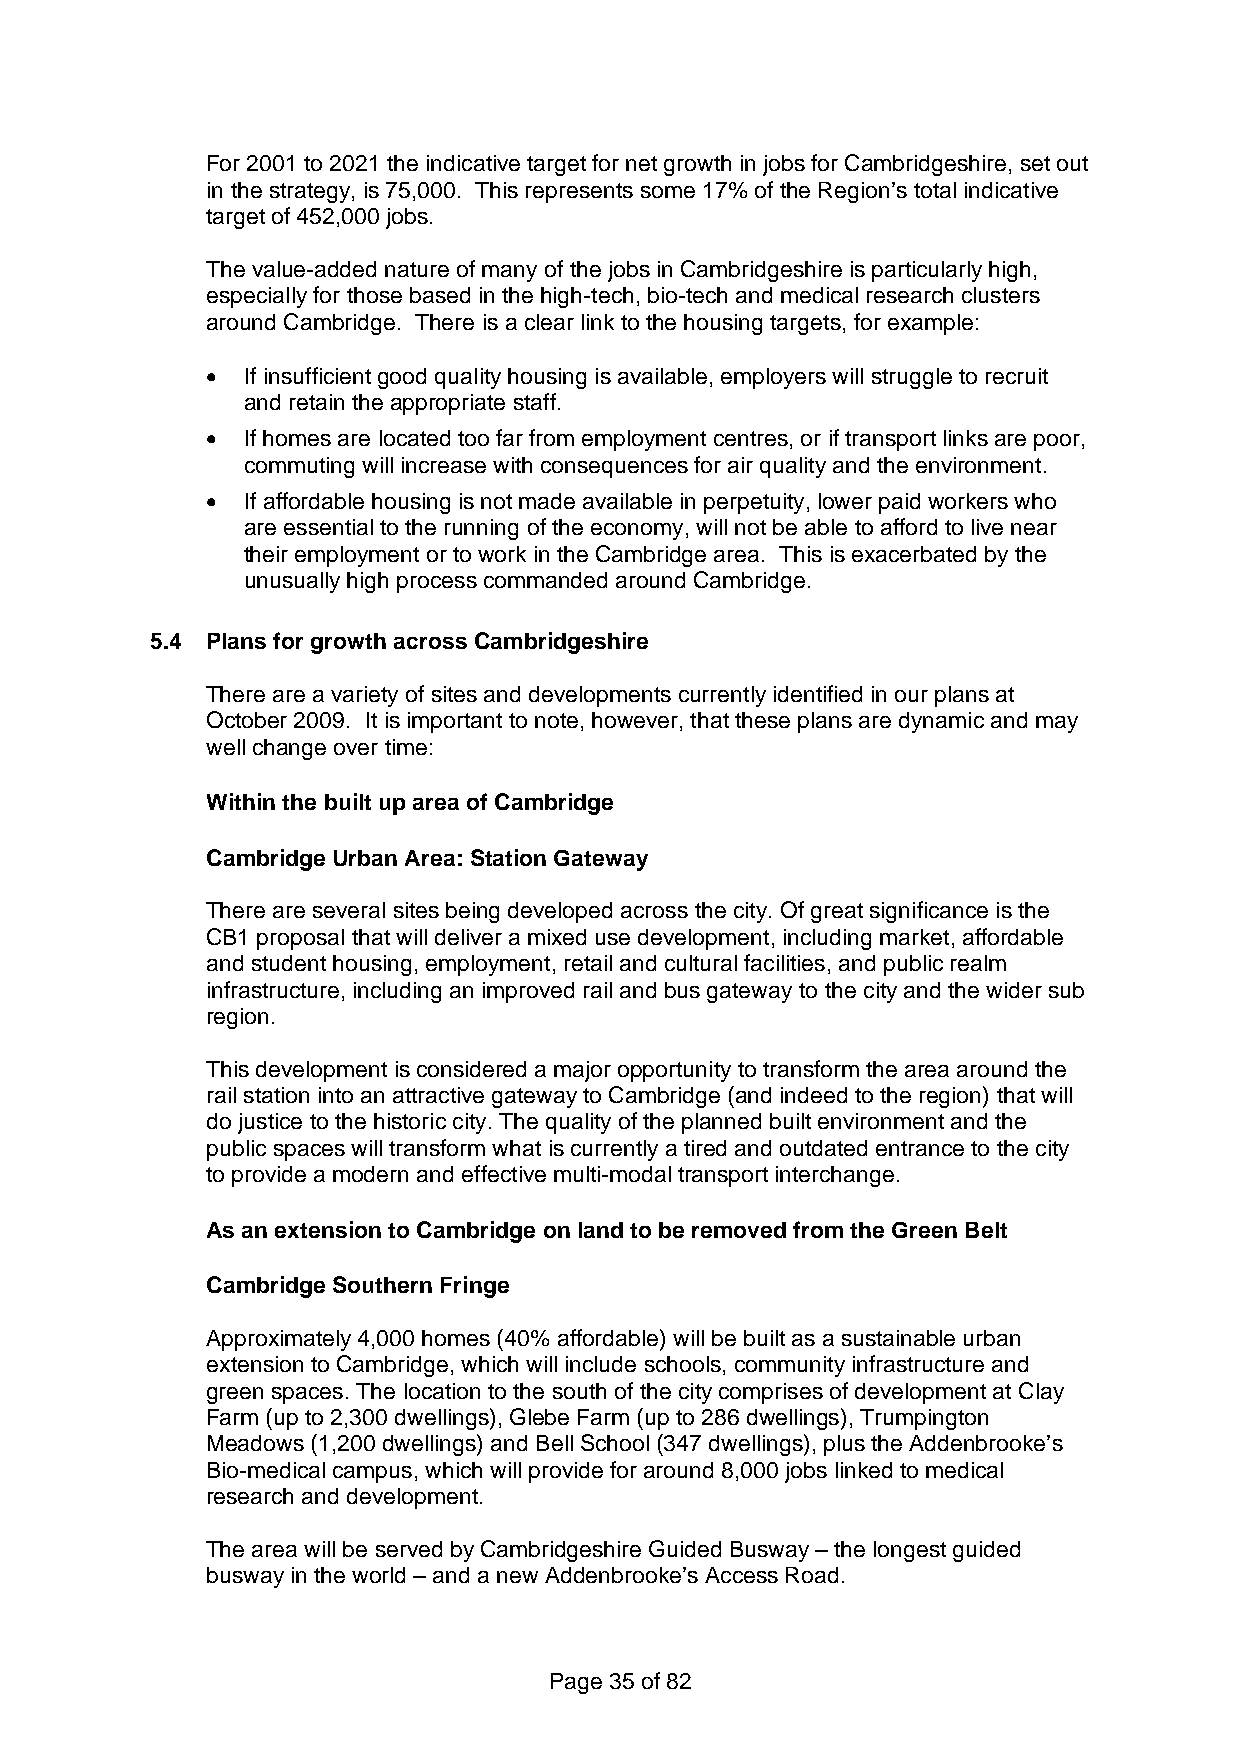
For 2001 to 2021 the indicative target for net growth in jobs for Cambridgeshire, set out
 in the strategy, is 75,000. This represents some 17% of the Region’s total indicative
 target of 452,000 jobs.
 The value-added nature of many of the jobs in Cambridgeshire is particularly high,
 especially for those based in the high-tech, bio-tech and medical research clusters
 around Cambridge. There is a clear link to the housing targets, for example:
 • If insufficient good quality housing is available, employers will struggle to recruit
 and retain the appropriate staff.
 • If homes are located too far from employment centres, or if transport links are poor,
 commuting will increase with consequences for air quality and the environment.
 • If affordable housing is not made available in perpetuity, lower paid workers who
 are essential to the running of the economy, will not be able to afford to live near
 their employment or to work in the Cambridge area. This is exacerbated by the
 unusually high process commanded around Cambridge.
 5.4 Plans for growth across Cambridgeshire
 There are a variety of sites and developments currently identified in our plans at
 October 2009. It is important to note, however, that these plans are dynamic and may
 well change over time:
 Within the built up area of Cambridge
 Cambridge Urban Area: Station Gateway
 There are several sites being developed across the city. Of great significance is the
 CB1 proposal that will deliver a mixed use development, including market, affordable
 and student housing, employment, retail and cultural facilities, and public realm
 infrastructure, including an improved rail and bus gateway to the city and the wider sub
 region.
 This development is considered a major opportunity to transform the area around the
 rail station into an attractive gateway to Cambridge (and indeed to the region) that will
 do justice to the historic city. The quality of the planned built environment and the
 public spaces will transform what is currently a tired and outdated entrance to the city
 to provide a modern and effective multi-modal transport interchange.
 As an extension to Cambridge on land to be removed from the Green Belt
 Cambridge Southern Fringe
 Approximately 4,000 homes (40% affordable) will be built as a sustainable urban
 extension to Cambridge, which will include schools, community infrastructure and
 green spaces. The location to the south of the city comprises of development at Clay
 Farm (up to 2,300 dwellings), Glebe Farm (up to 286 dwellings), Trumpington
 Meadows (1,200 dwellings) and Bell School (347 dwellings), plus the Addenbrooke’s
 Bio-medical campus, which will provide for around 8,000 jobs linked to medical
 research and development.
 The area will be served by Cambridgeshire Guided Busway – the longest guided
 busway in the world – and a new Addenbrooke’s Access Road.
 Page 35 of 82